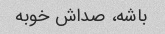
باشه، صداش خوبه